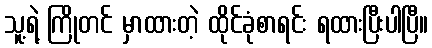
သူ့ရဲ့ ကြိုတင် မှာထားတဲ့ ထိုင်ခုံစာရင်း ရထားပြီးပါပြီ။